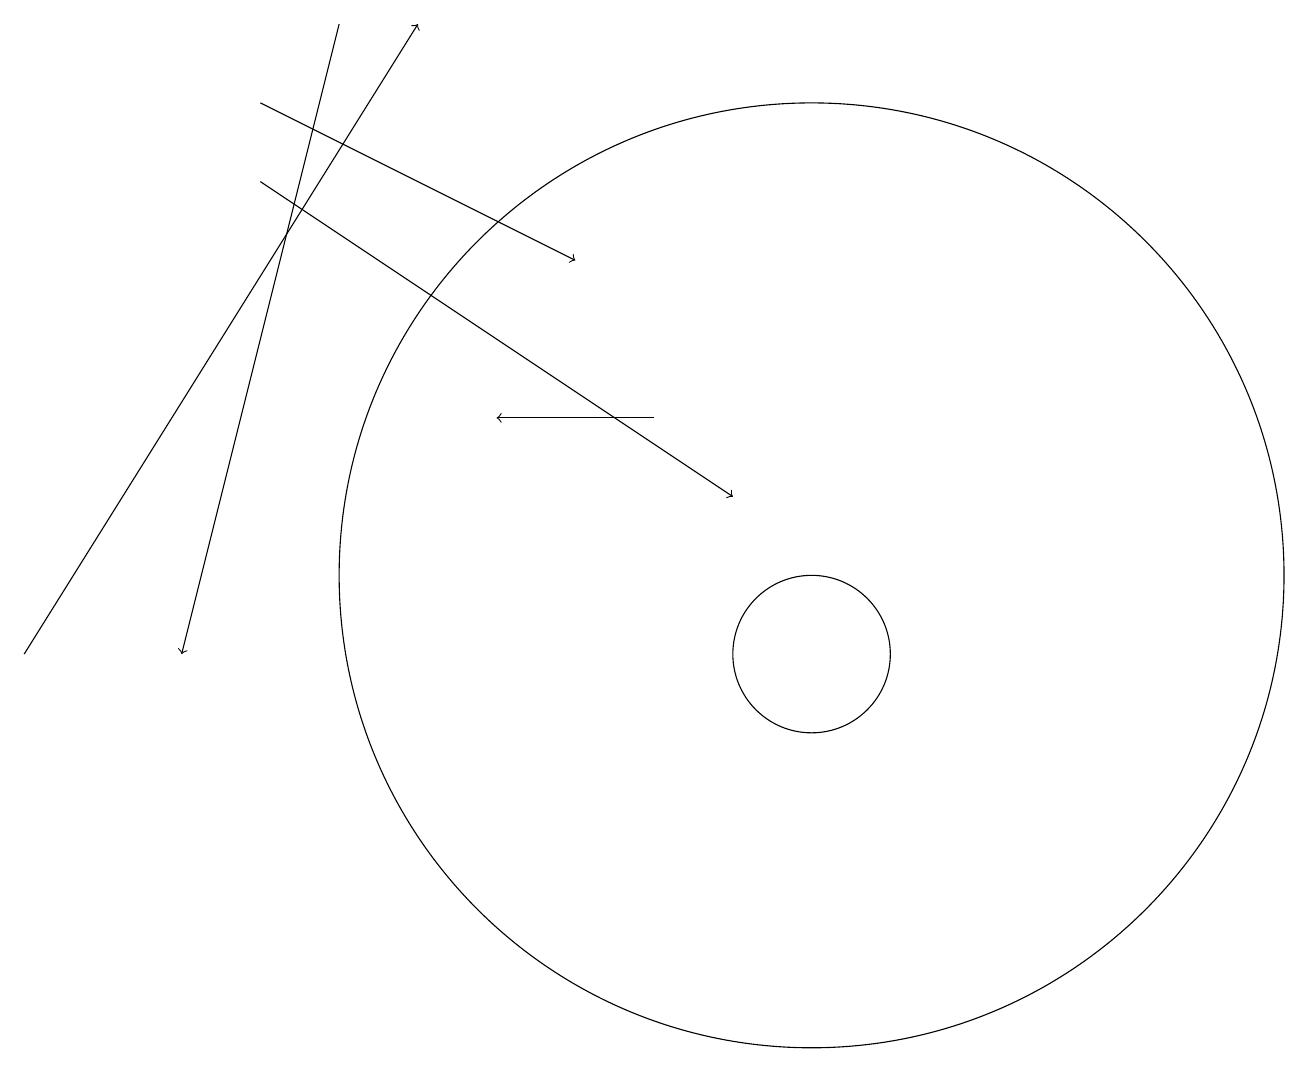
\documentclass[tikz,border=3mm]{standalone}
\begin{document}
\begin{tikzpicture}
\draw[->] (8,13) -- (6,13);
\draw[->] (3,16) -- (9,12);
\draw (11,11) circle (0);
\draw[->] (0,10) -- (5,18);
\draw[->] (3,17) -- (7,15);
\draw (10,11) circle (6);
\draw (10,10) circle (1);
\draw[->] (4,18) -- (2,10);
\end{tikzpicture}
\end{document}